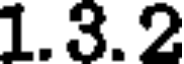
1.3.2